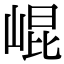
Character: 崐